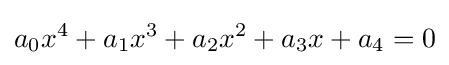
a_{0}x^{4}+a_{1}x^{3}+a_{2}x^{2}+a_{3}x+a_{4}=0